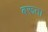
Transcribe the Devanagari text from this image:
बरूता